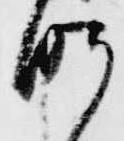
昨